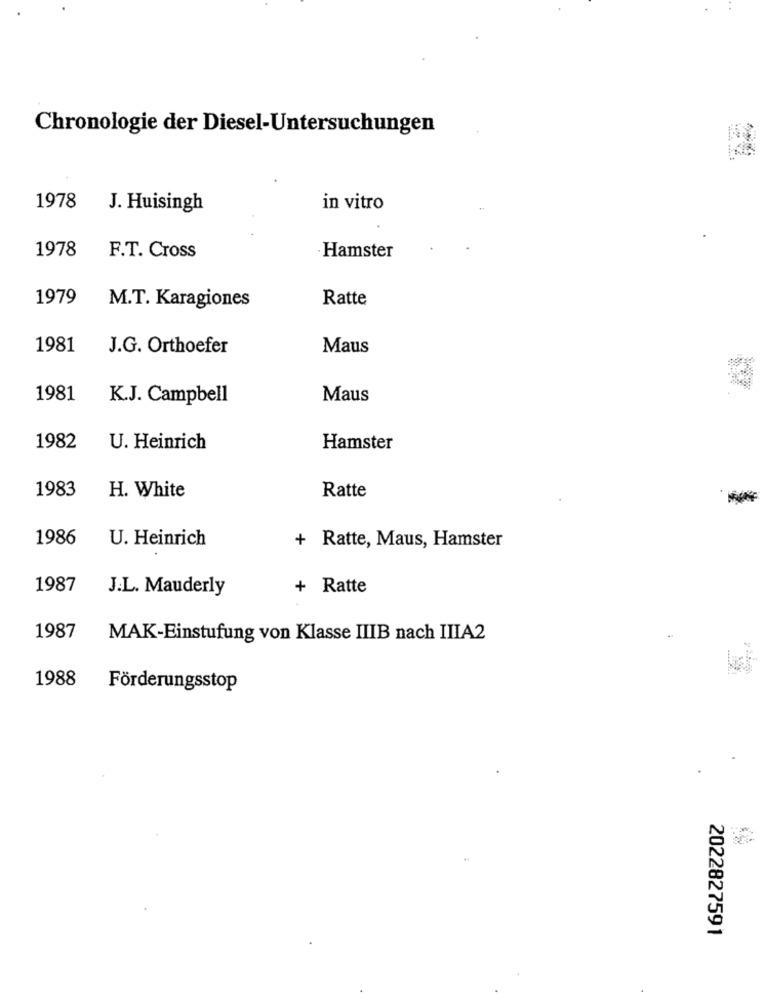
Chronologie der Diesel-Untersuchungen
1978
J. Huisingh
in vitro
1978
F.T. Cross
Hamster
1979
M.T. Karagiones
Ratte
1981
J.G. Orthoefer
Maus
1981
K.J. Campbell
Maus
1982
U. Heinrich
Hamster
1983
H. White
Ratte
1986
U. Heinrich
+ Ratte, Maus, Hamster
1987
J.L. Mauderly
+ Ratte
1987
MAK-Einstufung von Klasse IIIB nach IIIA2
1988
Förderungsstop
2022827591